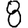
Digit: 8